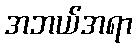
အဘယ်အရာ